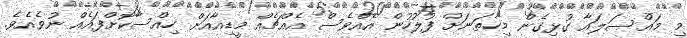
މި މައްސަލައާ ގުޅިގެން މިހާތަނަށް ފުލުހުން އެއްވެސް އެއްޗެއް މީޑިއާއަށް ހިއްސާކޮށްފައެއް ނުވެއެވެ.